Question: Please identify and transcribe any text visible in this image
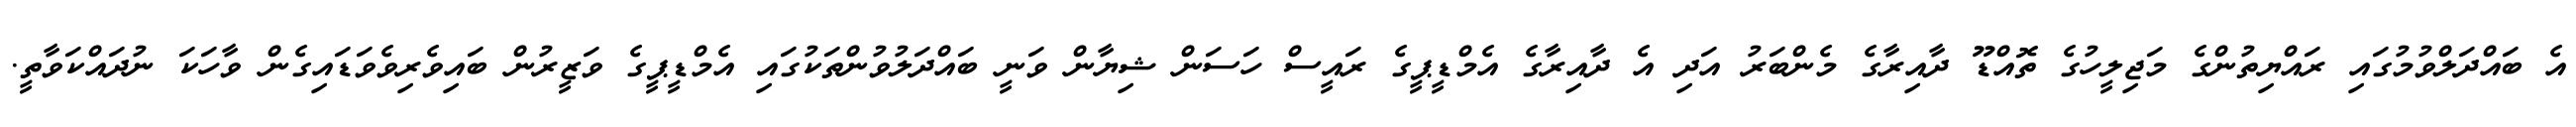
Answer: އެ ބައްދަލްވުމުގައި ރައްޔިތުންގެ މަޖިލީހުގެ ތޮއްޑޫ ދާއިރާގެ މެންބަރު އަދި އެ ދާއިރާގެ އެމްޑީޕީގެ ރައީސް ހަސަން ޝިޔާން ވަނީ ބައްދަލުވުންތަކުގައި އެމްޑީޕީގެ ވަޒީރުން ބައިވެރިވެވަޑައިގެން ވާހަކަ ނުދައްކަވާތީ.